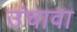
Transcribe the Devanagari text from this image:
उंचावा